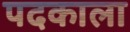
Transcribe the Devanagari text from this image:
पदकाला